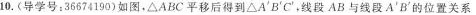
10.(导学号：36674190)如图，△ABC平移后得到△A^{\prime}B^{\prime}C^{\prime}，线段AB与线段A^{\prime}B^{\prime}的位置关系